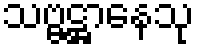
သဗ္ဗဋ္ဌာနေသု